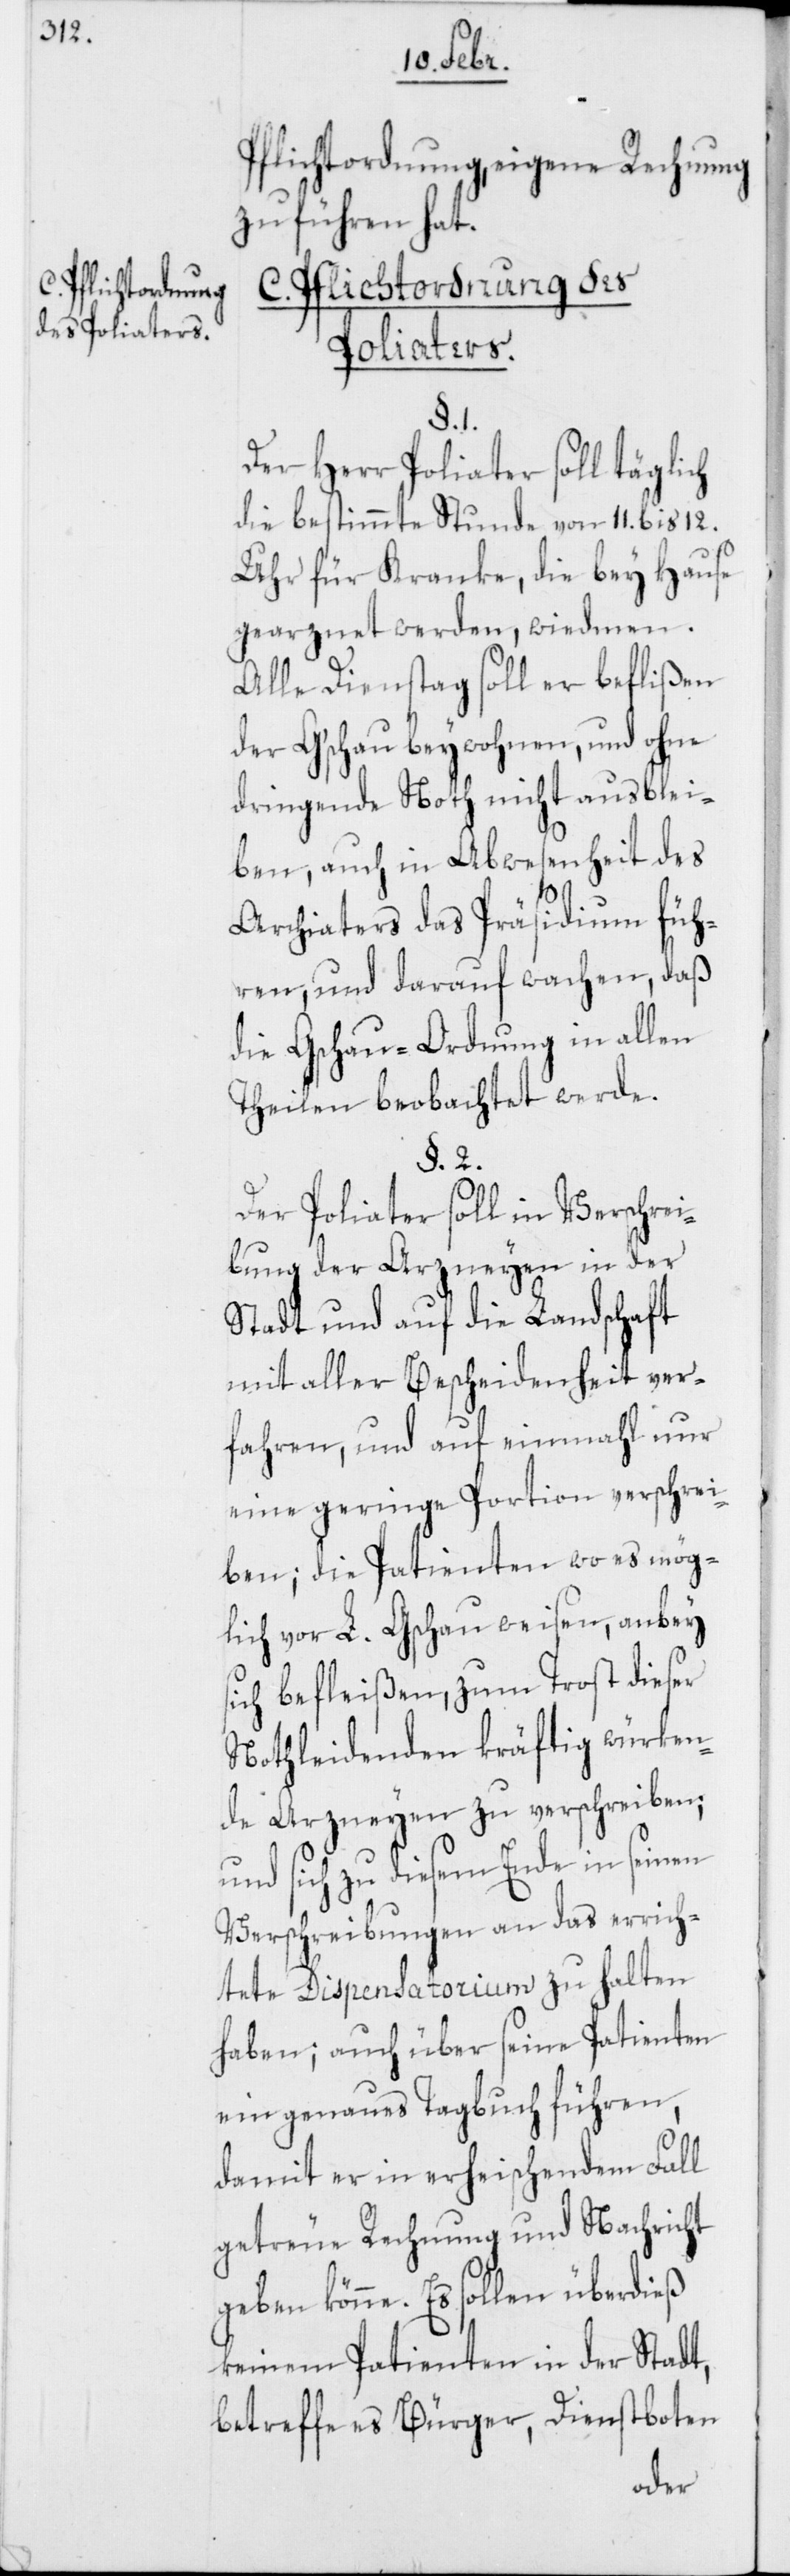
Pflichtordnung, eigene Rechnung
zu führen hat.
C. Pflichtordnung des
Poliaters.
§. 1.
Der Herr Poliater soll täglich
die bestimmte Stunde von 11. bis 12.
Uhr für Kranke, die bey Hause
gearznet werden, wiedmen.
Alle Dienstag soll er beflißen
der G’schau beywohnen, und ohne
dringende Noth nicht ausblei¬
ben, auch in Abwesenheit des
Archiaters das Präsidium füh¬
ren, und darauf wachen, daß
die Gschau-Ordnung in allen
Theilen beobachtet werde.
§. 2.
Der Poliater soll in Verschrei¬
bung der Arzneyen in der
Stadt und auf die Landschaft
mit aller Bescheidenheit ver¬
fahren, und auf einmahl nur
eine geringe Portion verschrei¬
ben; die Patienten wo es mög¬
lich vor L. Gschau weisen, anbey
sich befleißen, zum Trost dieser
Nothleidenden kräftig würken¬
de Arzneyen zu verschreiben;
und sich zu diesem Ende in seinen
Verschreibungen an das errich¬
tete Dispensatorium zu halten
haben; auch über seine Patienten
ein genaues Tagbuch führen,
damit er in erheischendem Fall
getreue Rechnung und Nachricht
geben könne. Es sollen überdieß
keinem Patienten in der Stadt,
betreffe es Bürger, Dienstboten